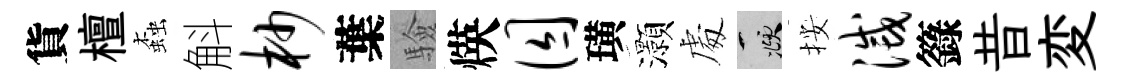
貨檀螙斛杪葉驗煐囚璜灝䖏頫按灭籙昔変